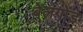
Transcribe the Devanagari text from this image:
बेलगोंड